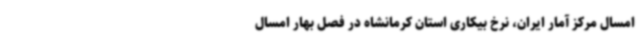
امسال مرکز آمار ایران، نرخ بیکاری استان کرمانشاه در فصل بهار امسال